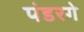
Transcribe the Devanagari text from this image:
पंडरगे